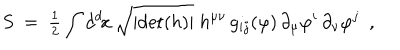
S ~ = ~ { \textstyle { \frac { 1 } { 2 } } } \int d ^ { d } \! x \, \sqrt { \vert \mathrm { d e t } ( h ) \vert } \; h ^ { \mu \nu } \, g _ { i j } ( \varphi ) \, \partial _ { \mu } \varphi ^ { i } \, \partial _ { \nu } \varphi ^ { j } ~ ~ ,